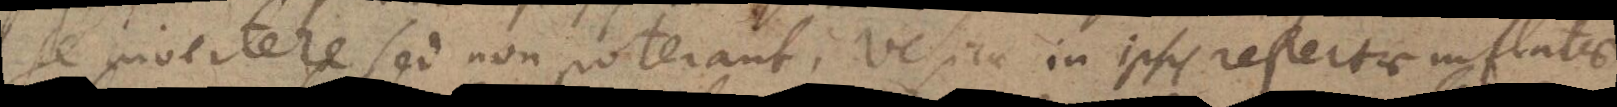
se invertere, sed non poterant vesicae in ipsis repertae inflatae.